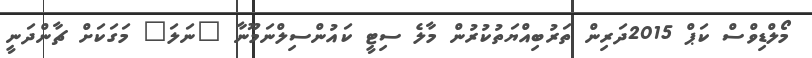
މޯލްޑިވްސް ކަޕް 2015ދަރިން ތަރުބިއްޔަތުކުރުން މާލެ ސިޓީ ކައުންސިލްނަމޫނާ "ނަލަ" މަގަކަށް ޗާންދަނީ